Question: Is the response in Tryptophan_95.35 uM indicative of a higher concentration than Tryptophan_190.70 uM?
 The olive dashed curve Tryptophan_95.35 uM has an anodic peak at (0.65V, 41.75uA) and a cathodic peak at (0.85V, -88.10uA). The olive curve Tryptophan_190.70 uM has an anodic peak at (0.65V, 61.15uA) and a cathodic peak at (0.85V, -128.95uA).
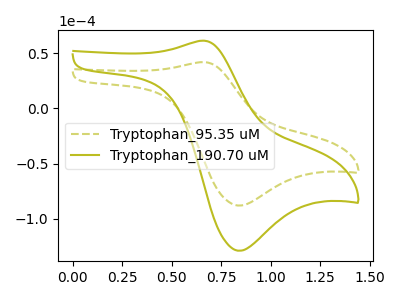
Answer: <think>All the peaks in "Tryptophan_95.35 uM" have a peak in "Tryptophan_190.70 uM" at the same potential. Every peak in "Tryptophan_95.35 uM" is lower than every peak in "Tryptophan_190.70 uM".
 </think>
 <answer>"Tryptophan_95.35 uM" has less signal than "Tryptophan_190.70 uM".</answer>
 <eval>less_signal</eval>